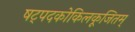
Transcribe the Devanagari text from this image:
षट्पदकोकिलकूजितम्